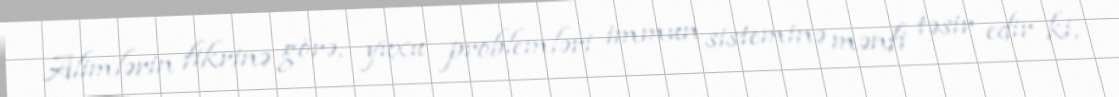
Alimlərin fikrinə görə, yuxu problemləri immun sisteminə mənfi təsir edir ki,